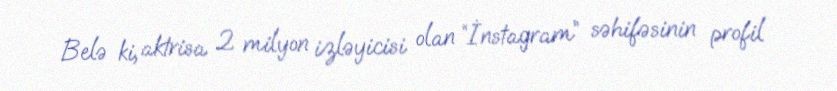
Belə ki, aktrisa 2 milyon izləyicisi olan “İnstagram” səhifəsinin profil